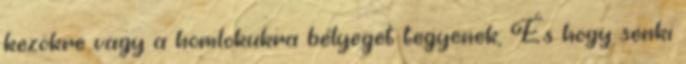
kezökre vagy a homlokukra bélyeget tegyenek; És hogy senki